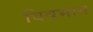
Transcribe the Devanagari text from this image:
विवभाग